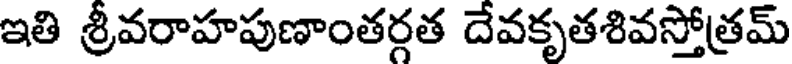
ఇతి శ్రీవరాహపుణాంతర్గత దేవకృతశివస్తోత్రమ్